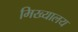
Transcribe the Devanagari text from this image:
मिख्यालय